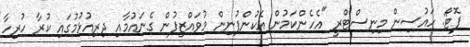
ފޮޓޯ: ހައުސިން މިނިސްޓްރީ "އެހެންކަމުން އެކުންފުނިން މުވައްޒިފުން ގެނައުމާއި ދިރިއުޅުމުގައި ކުރާ ހުރިހާ